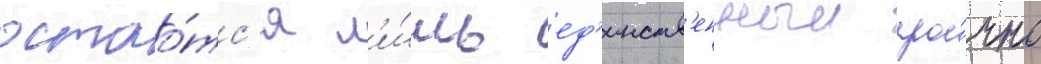
остао́тс'я л'и́шь ед'инств'енныи про́чно